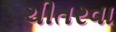
ચીતરવા